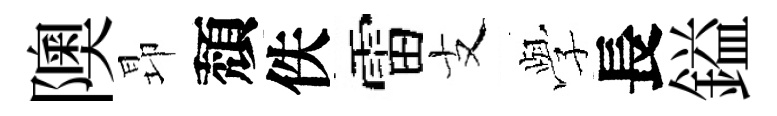
隩昻頽佚雷支𫝯長鎰